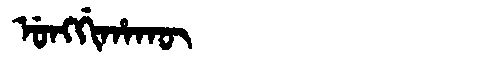
Manchu: ᡠᠩᡤᡳᡥᠠᡴᡡ
Romanization: UNGGIHAKŪ